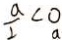
\frac { a } { 2 } < 0